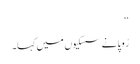
‘‘
رُوپا نے سسکیوں میں کہا۔